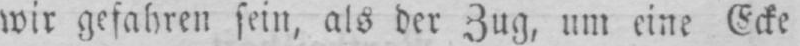
wir gefahren sein, als der Zug, um eine Ecke